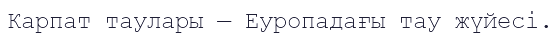
Карпат таулары — Еуропадағы тау жүйесі.